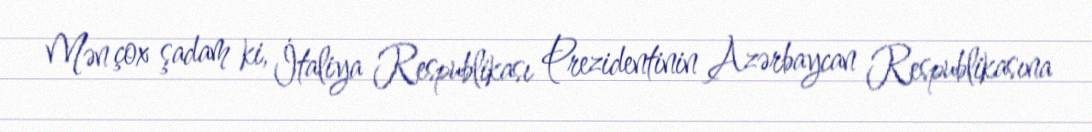
Mən çox şadam ki, İtaliya Respublikası Prezidentinin Azərbaycan Respublikasına